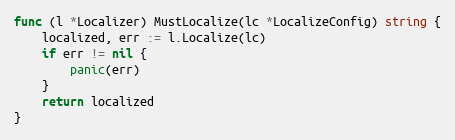
Language: Go
func (l *Localizer) MustLocalize(lc *LocalizeConfig) string {
	localized, err := l.Localize(lc)
	if err != nil {
		panic(err)
	}
	return localized
}